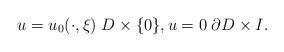
LaTeX: \begin{align*}u = u_0(\cdot,\xi) \; D\times \{0\}, u = 0 \; \partial D \times I.&\end{align*}